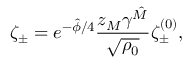
{ \zeta _ { \pm } = e ^ { - \hat { \phi } / 4 } { \frac { z _ { M } \gamma ^ { \hat { M } } } { \sqrt { \rho _ { 0 } } } } \zeta _ { \pm } ^ { ( 0 ) } , }